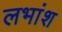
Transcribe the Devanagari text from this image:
लभांश